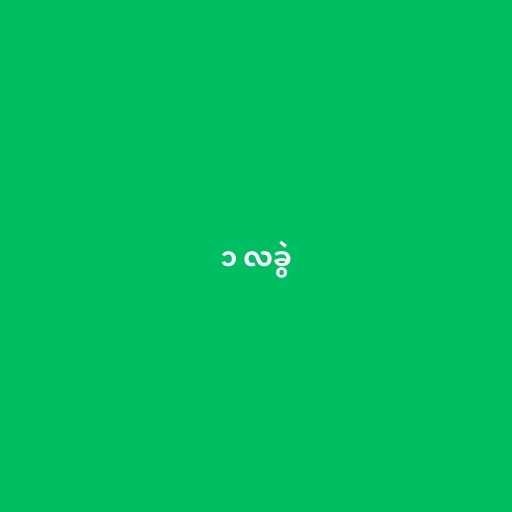
၁ လခွဲ